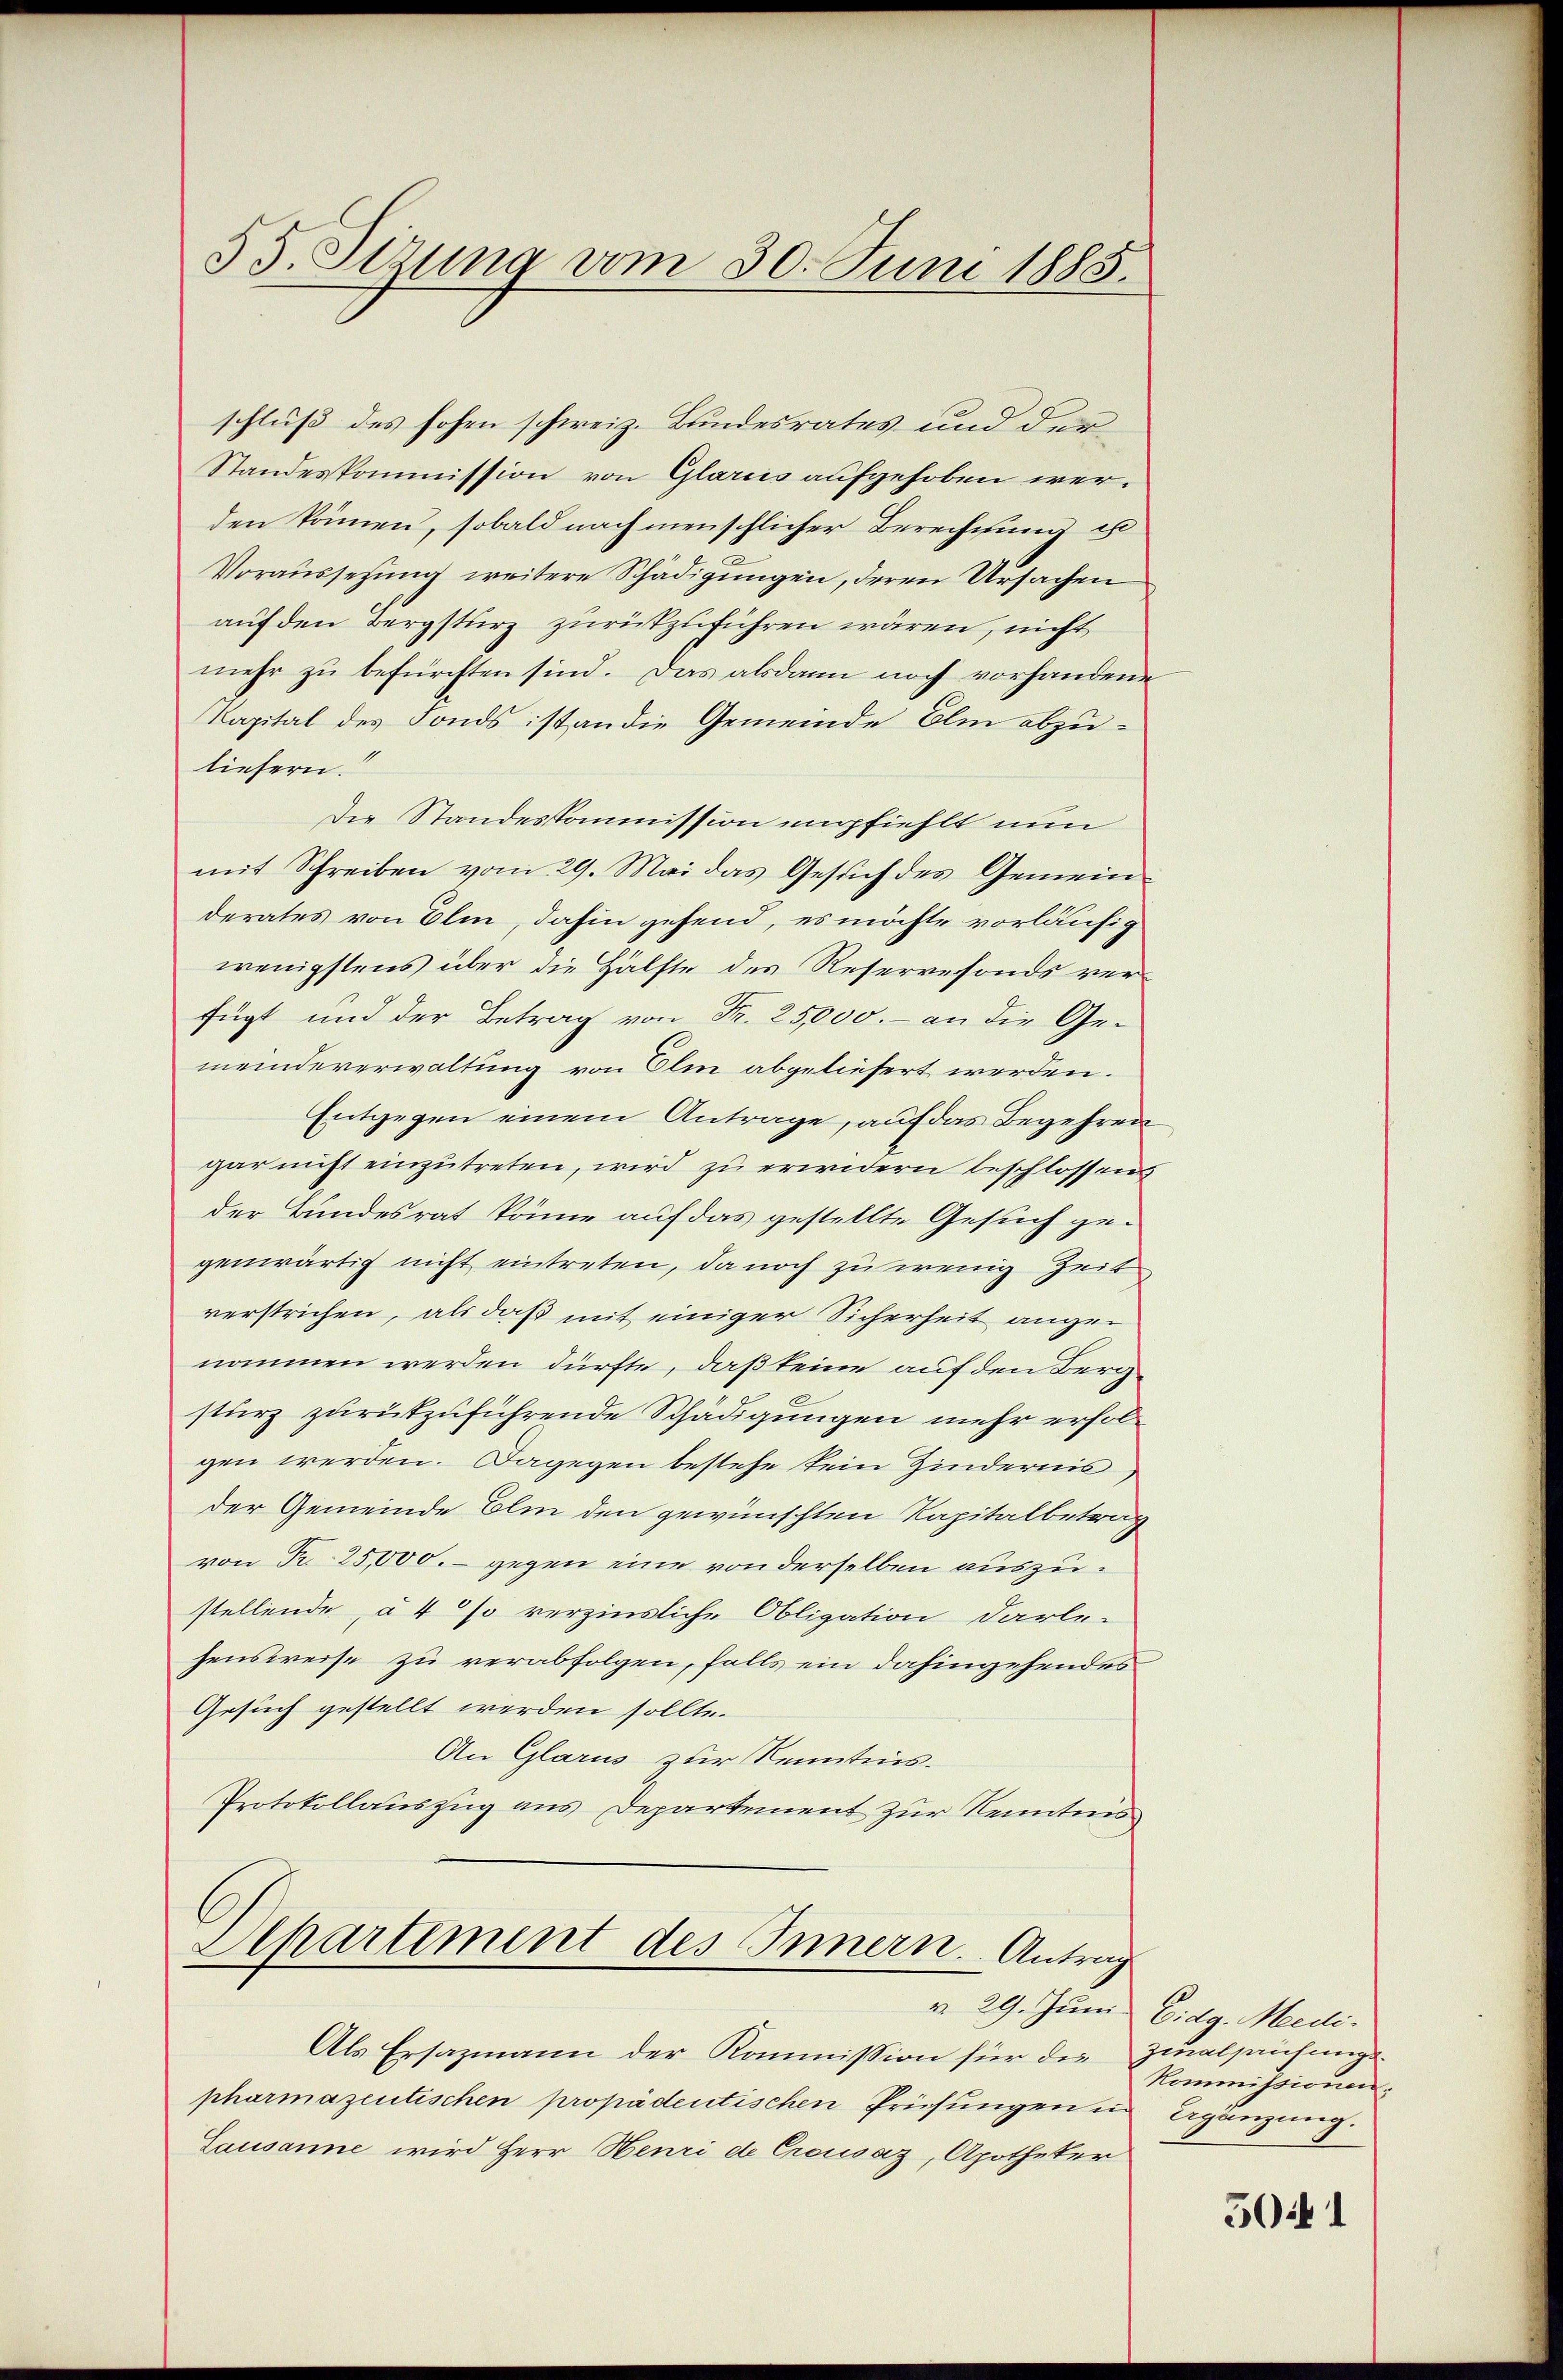
35. Sitzung vom 30. Juni 1885.

schluß des hohen schweiz. Bundesrates und der
Standeskommission von Glarus aufgehoben werden können, sobald nach menschlicher Berechnung ist
Voraussetzung weitere Schädigungen, deren Ursachen
auf den Bergsturz zurückzuführen wären, nicht
mehr zu befürchten sind. Das alsdann noch vorhandene
Kapital des Fonds ist an die Gemeinde Elm abzuliefern.
die Standeskommission empfiehlt nun
mit Schreiben vom 29. Mai das Gesuch des Gemeinderates von Elin, dahin gehend, es möchte vorläufig
wenigstens über die Hälfte des Reservefonds verfügt und der Betrag von Fr. 25,000.- an die Ge-
meindeverwaltung von Olm abgeliefert werden.
Entgegen einem Antrage, auf das Begehren
gar nicht einzŭtreten, wird zu erwidern beschlossen,
der Bundesrat könne auf das gestellte Gesuch gegenwärtig nicht eintreten, da noch zu wenig Zeit
verstrichen, als daß mit einiger Sicherheit angenommen werden dürfte, daß keine auf den Bergsturz zurückzuführende Schädigungen mehr erfolgen werden. Dagegen bestehe kein Zindernis,
der Gemeinde Elin den gewünschten Kapitalbetrag
von Fr. 25,000.- gegen eine von derselben auszustellende, à 4% verzinsliche Obligation darle-
hensweise zu verabfolgen, falls ein dahingehendes
Gesuch gestellt werden sollte.
An Glarus zur Kenntnis.
Protokollauszug aus Departement zur Kenntnis

Alpartement des Innern. Antrag

Als Ersazmann der Kommission für die Zialhaufungspharmazentischen propadentischen Prüfŭngen in Agänzung.
Lausanne wird Herr Henri de Crousaz, Apotheker

v. 29. Juni Eidg. Medi

Kommissionen,

5041